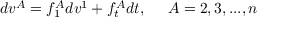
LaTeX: d v ^ { A } = f _ { 1 } ^ { A } d v ^ { 1 } + f _ { t } ^ { A } d t , \; \; \; \; \; A = 2 , 3 , . . . , n